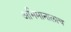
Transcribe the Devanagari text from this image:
अभिमानालाच